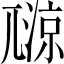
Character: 𡰏